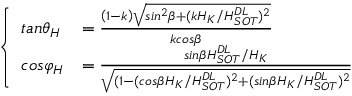
\left\{ \begin{array} { l l } { t a n { \theta } _ { H } } & { = \frac { \left( 1 - k \right) \sqrt { s i n ^ { 2 } \beta + ( k H _ { K } / H _ { S O T } ^ { D L } ) ^ { 2 } } } { k c o s \beta } } \\ { c o s { \varphi } _ { H } } & { = \frac { s i n \beta H _ { S O T } ^ { D L } / H _ { K } } { \sqrt { ( 1 - ( c o s \beta H _ { K } / H _ { S O T } ^ { D L } ) ^ { 2 } + ( s i n \beta H _ { K } / H _ { S O T } ^ { D L } ) ^ { 2 } } } } \end{array} \right.